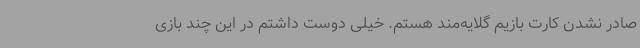
صادر نشدن کارت بازیم گلایه‌مند هستم. خیلی دوست داشتم در این چند بازی